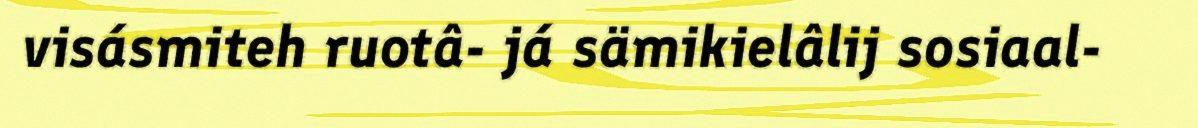
visásmiteh ruotâ- já sämikielâlij sosiaal-